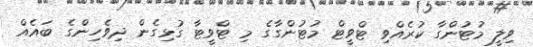
ވިލީ މުޓުންގާ ކުރެއްވި ޓްވީޓް މުޓުންގާގެ މި ޓްވީޓާ ގުޅިގެން ދިވެހިންގެ ބައެއް